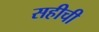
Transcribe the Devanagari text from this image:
सहीची